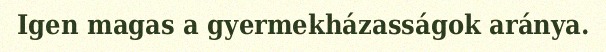
Igen magas a gyermekházasságok aránya.